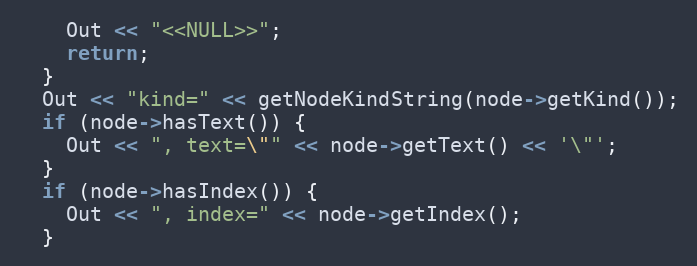
Language: C++
    Out << "<<NULL>>";
    return;
  }
  Out << "kind=" << getNodeKindString(node->getKind());
  if (node->hasText()) {
    Out << ", text=\"" << node->getText() << '\"';
  }
  if (node->hasIndex()) {
    Out << ", index=" << node->getIndex();
  }